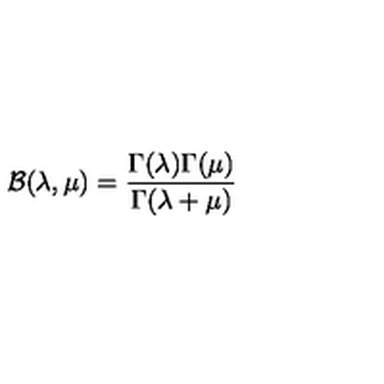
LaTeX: { \cal B } ( \lambda , \mu ) = \frac { \Gamma ( \lambda ) \Gamma ( \mu ) } { \Gamma ( \lambda + \mu ) }